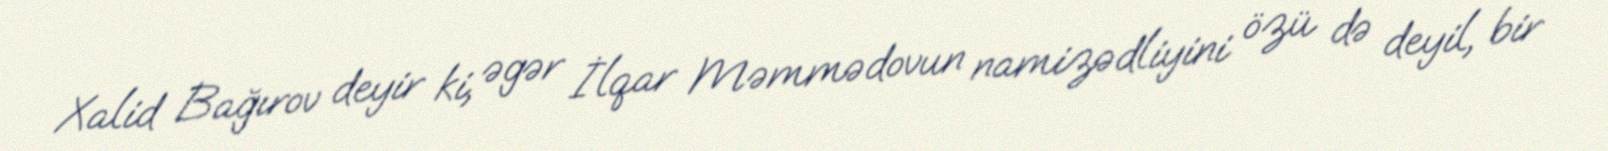
Xalid Bağırov deyir ki, əgər İlqar Məmmədovun namizədliyini özü də deyil, bir